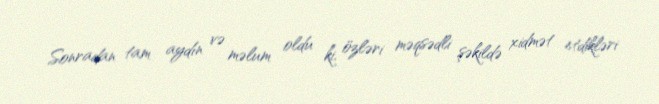
Sonradan tam aydın və məlum oldu ki, özləri məqsədli şəkildə xidmət etdikləri